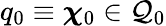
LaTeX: q_{0}\equiv\boldsymbol{\chi}_{0}\in\mathcal{Q}_{0}